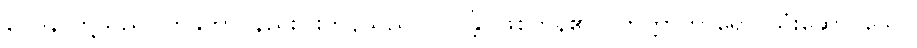
ဝေဒနာတို့သည်။ တနုကာ၊ နည်းပါးကုန်သည်။ ဘဝန္တိ၊ ဖြစ်ကုန်၏။ (ဘတ္တာဟာရော၊ သုံးဆောင်သော